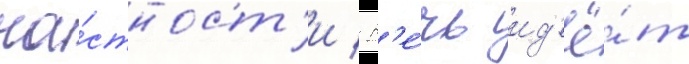
ча́стност'и / р'е́чь ид'ё́т